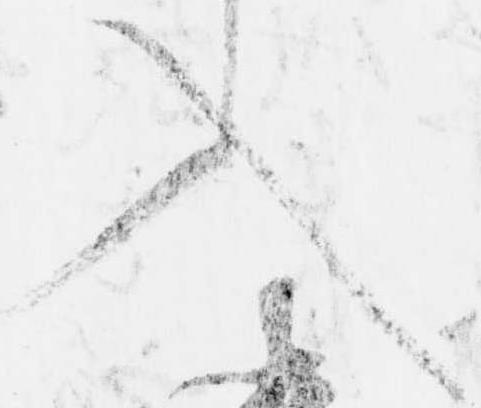
入